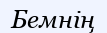
Бемнің